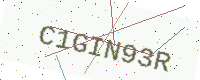
Text: C1GIN93R